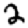
Digit: 2